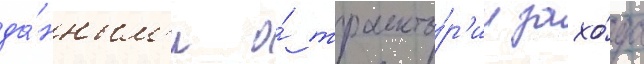
да́нным'и о́ траекто́р'ии захо́да